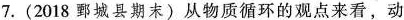
7.(2018鄄城县期末)从物质循环的观点来看，动